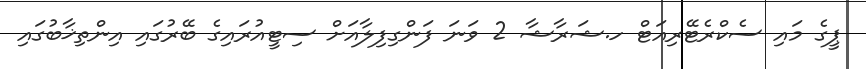
ޕީގެ މައި ސެކްރެޓޭރިއަޓް ހ.ޝަރާޝާ 2 ވަނަ ފަންގިފިލާއަށް ސިޓީއުރައިގެ ބޭރުގައި އިންތިޚާބުގައި